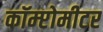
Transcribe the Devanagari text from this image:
कॉम्प्टोमीटर